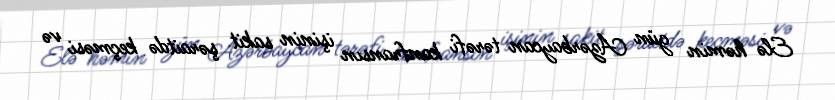
Elə həmin gün Azərbaycan tərəfi konfransın işinin sakit şəraitdə keçməsi və